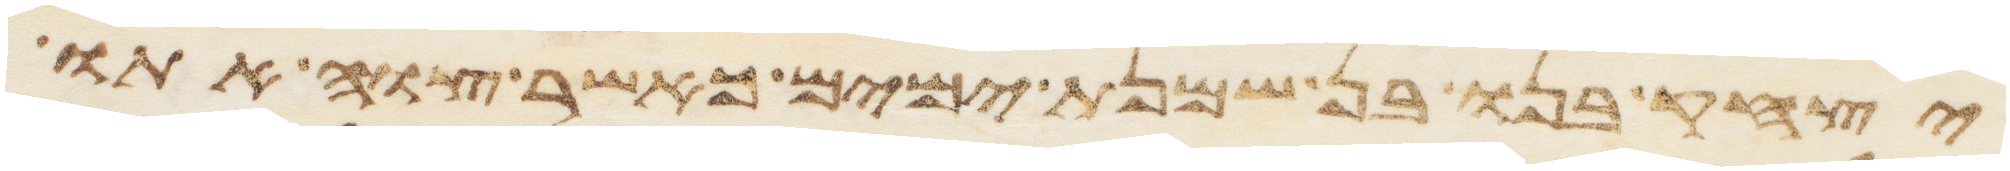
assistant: יצחק בנו בן שמנת ימים כאשר צוה אתו